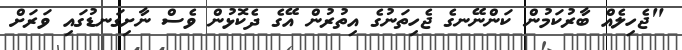
"ޖެހިލެއް ބާރުކަމުން ކަންނޭނގެ ޖެހިތަނުގެ އިތުރުން އޭގެ ދެކޮޅުން ވެސް ނާށިގަނޑުގައި ވަރަށް